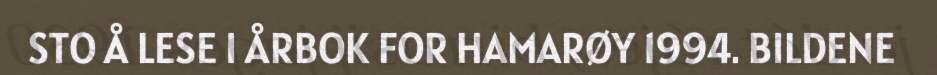
STO Å LESE I ÅRBOK FOR HAMARØY 1994. BILDENE